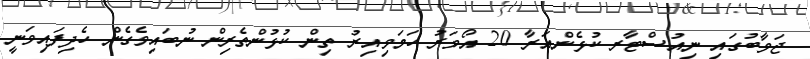
ޖަވާބުގައި ނިއުސްޓާރ ކުޅެންއަރާ 20 އޯވަރު ހަމަވިއިރު ތިން ކުޅުންތެރިން ނުބައިވެގެން ހެދިފައިވަނީ